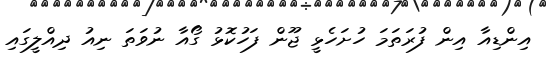
އިންޑިއާ އިން ފުރަތަމަ ހުށަހެޅީ ޖޫން ފަހުކޮޅު ގޯއާ ނުވަތަ ނިއު ދިއްލީގައި